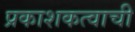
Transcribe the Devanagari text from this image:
प्रकाशकत्वाची